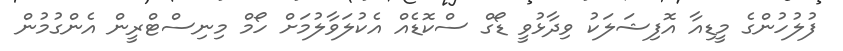
ފުލުހުންގެ މީޑިއާ އޮފިޝަލަކު ވިދާޅުވީ ޑޯގް ސްކޮޑެއް އެކުލަވާލުމަށް ހޯމް މިނިސްޓްރީން އެންގުމުން